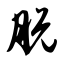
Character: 脱